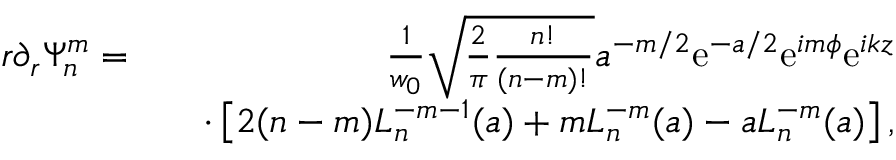
\begin{array} { r l r } { r \partial _ { r } \Psi _ { n } ^ { m } = } & { } & { \frac { 1 } { w _ { 0 } } \sqrt { \frac { 2 } { \pi } \frac { n ! } { ( n - m ) ! } } a ^ { - m / 2 } \mathrm { e } ^ { - a / 2 } \mathrm { e } ^ { i m \phi } \mathrm { e } ^ { i k z } } \\ & { } & { \cdot \left[ 2 ( n - m ) L _ { n } ^ { - m - 1 } ( a ) + m L _ { n } ^ { - m } ( a ) - a L _ { n } ^ { - m } ( a ) \right] , } \end{array}